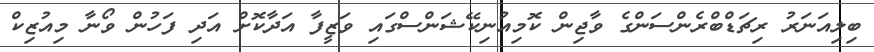
ބިލިއަނަރު ރިޗަޑްބްރެންސަންގެ ވާޖިން ކޮމިއުނިކޭޝަންސްގައި ވަޒީފާ އަދާކޮށް އަދި ފަހުން ވޯނާ މިއުޒިކް